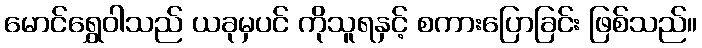
မောင်ရွှေဝါသည် ယခုမှပင် ကိုသူရနှင့် စကားပြောခြင်း ဖြစ်သည်။